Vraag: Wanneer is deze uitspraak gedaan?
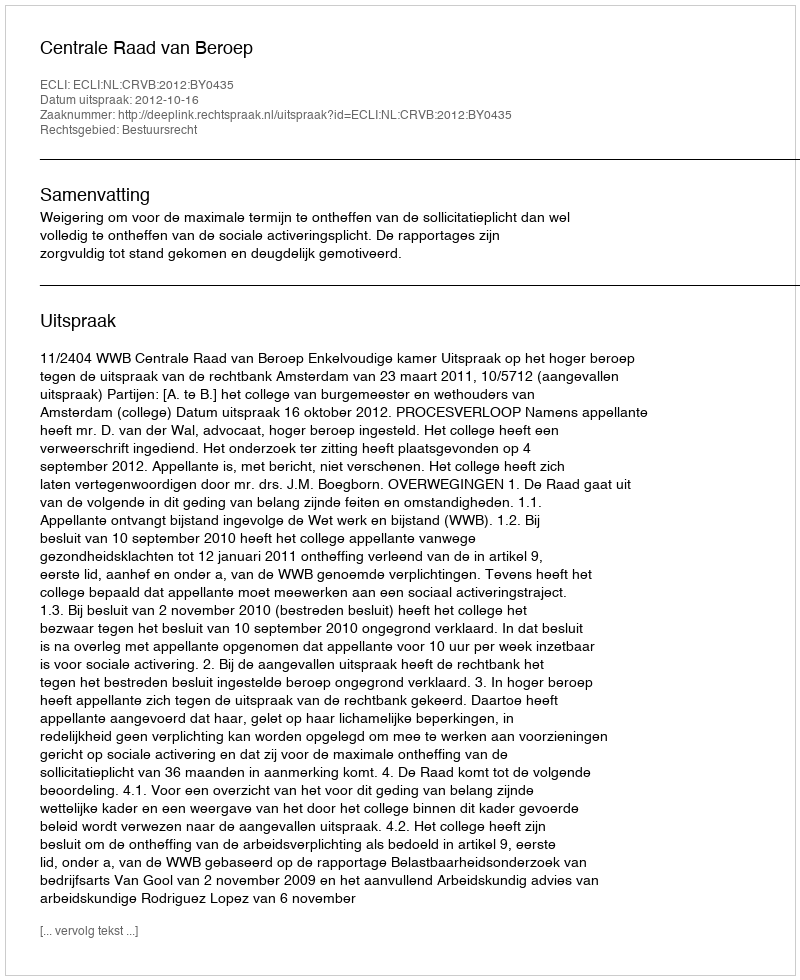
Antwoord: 2012-10-16